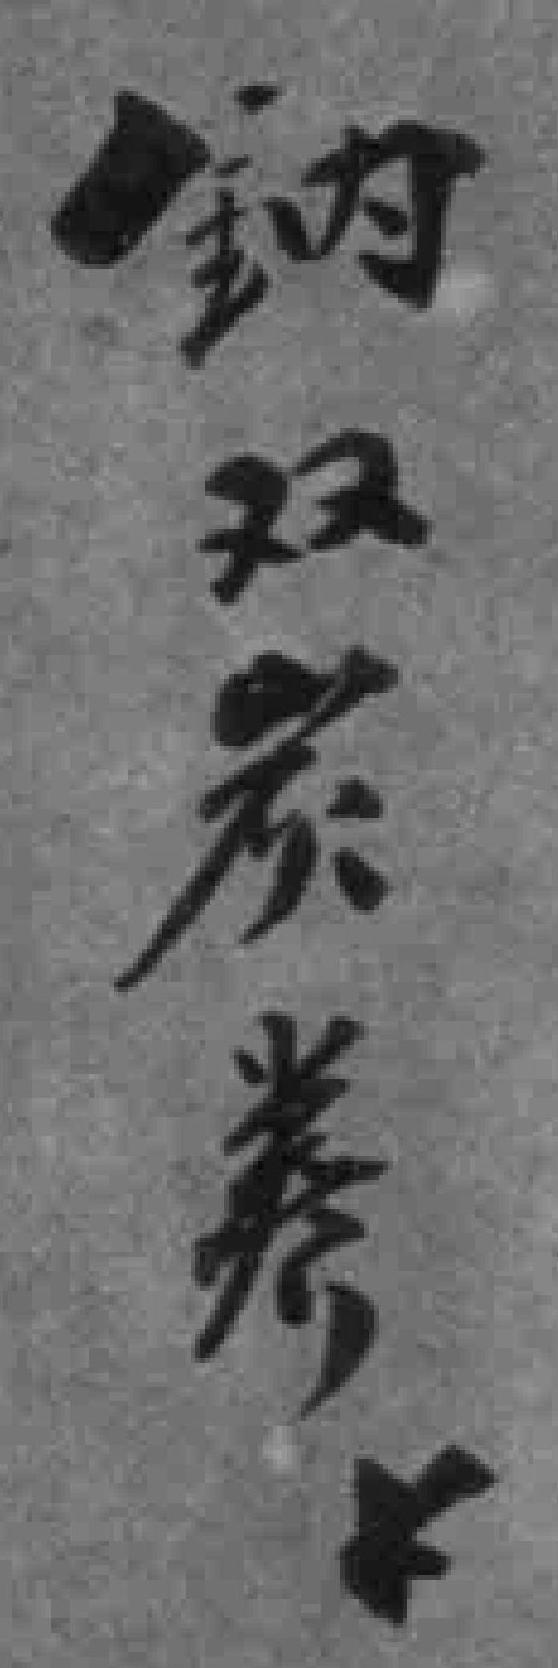
钠双炭*